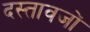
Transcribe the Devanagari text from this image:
दस्तावजों